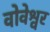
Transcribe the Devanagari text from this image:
वोवेश्वर